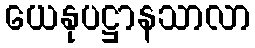
ယေနုပဋ္ဌာနသာလာ